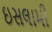
ઇસલામી